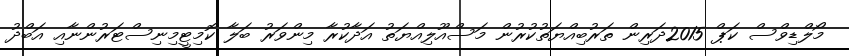
މޯލްޑިވްސް ކަޕް 2015ދަރިން ތަރުބިއްޔަތުކުރުން މަސްއޫލިއްޔަތު އަދާކުރާ މިންވަރު ބަލާ ކޮމިޓީމިނިސްޓަރުންނާއި އަބްދު